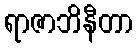
ရာဇာဘိနီတာ